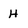
Character: H